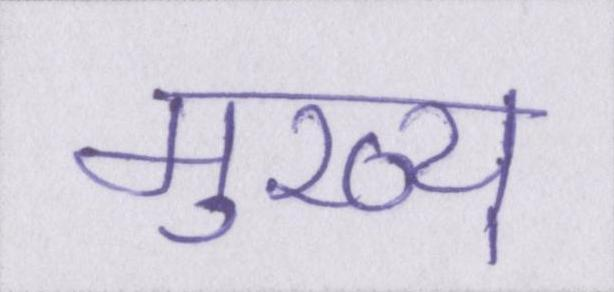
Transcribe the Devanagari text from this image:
मुख्य्